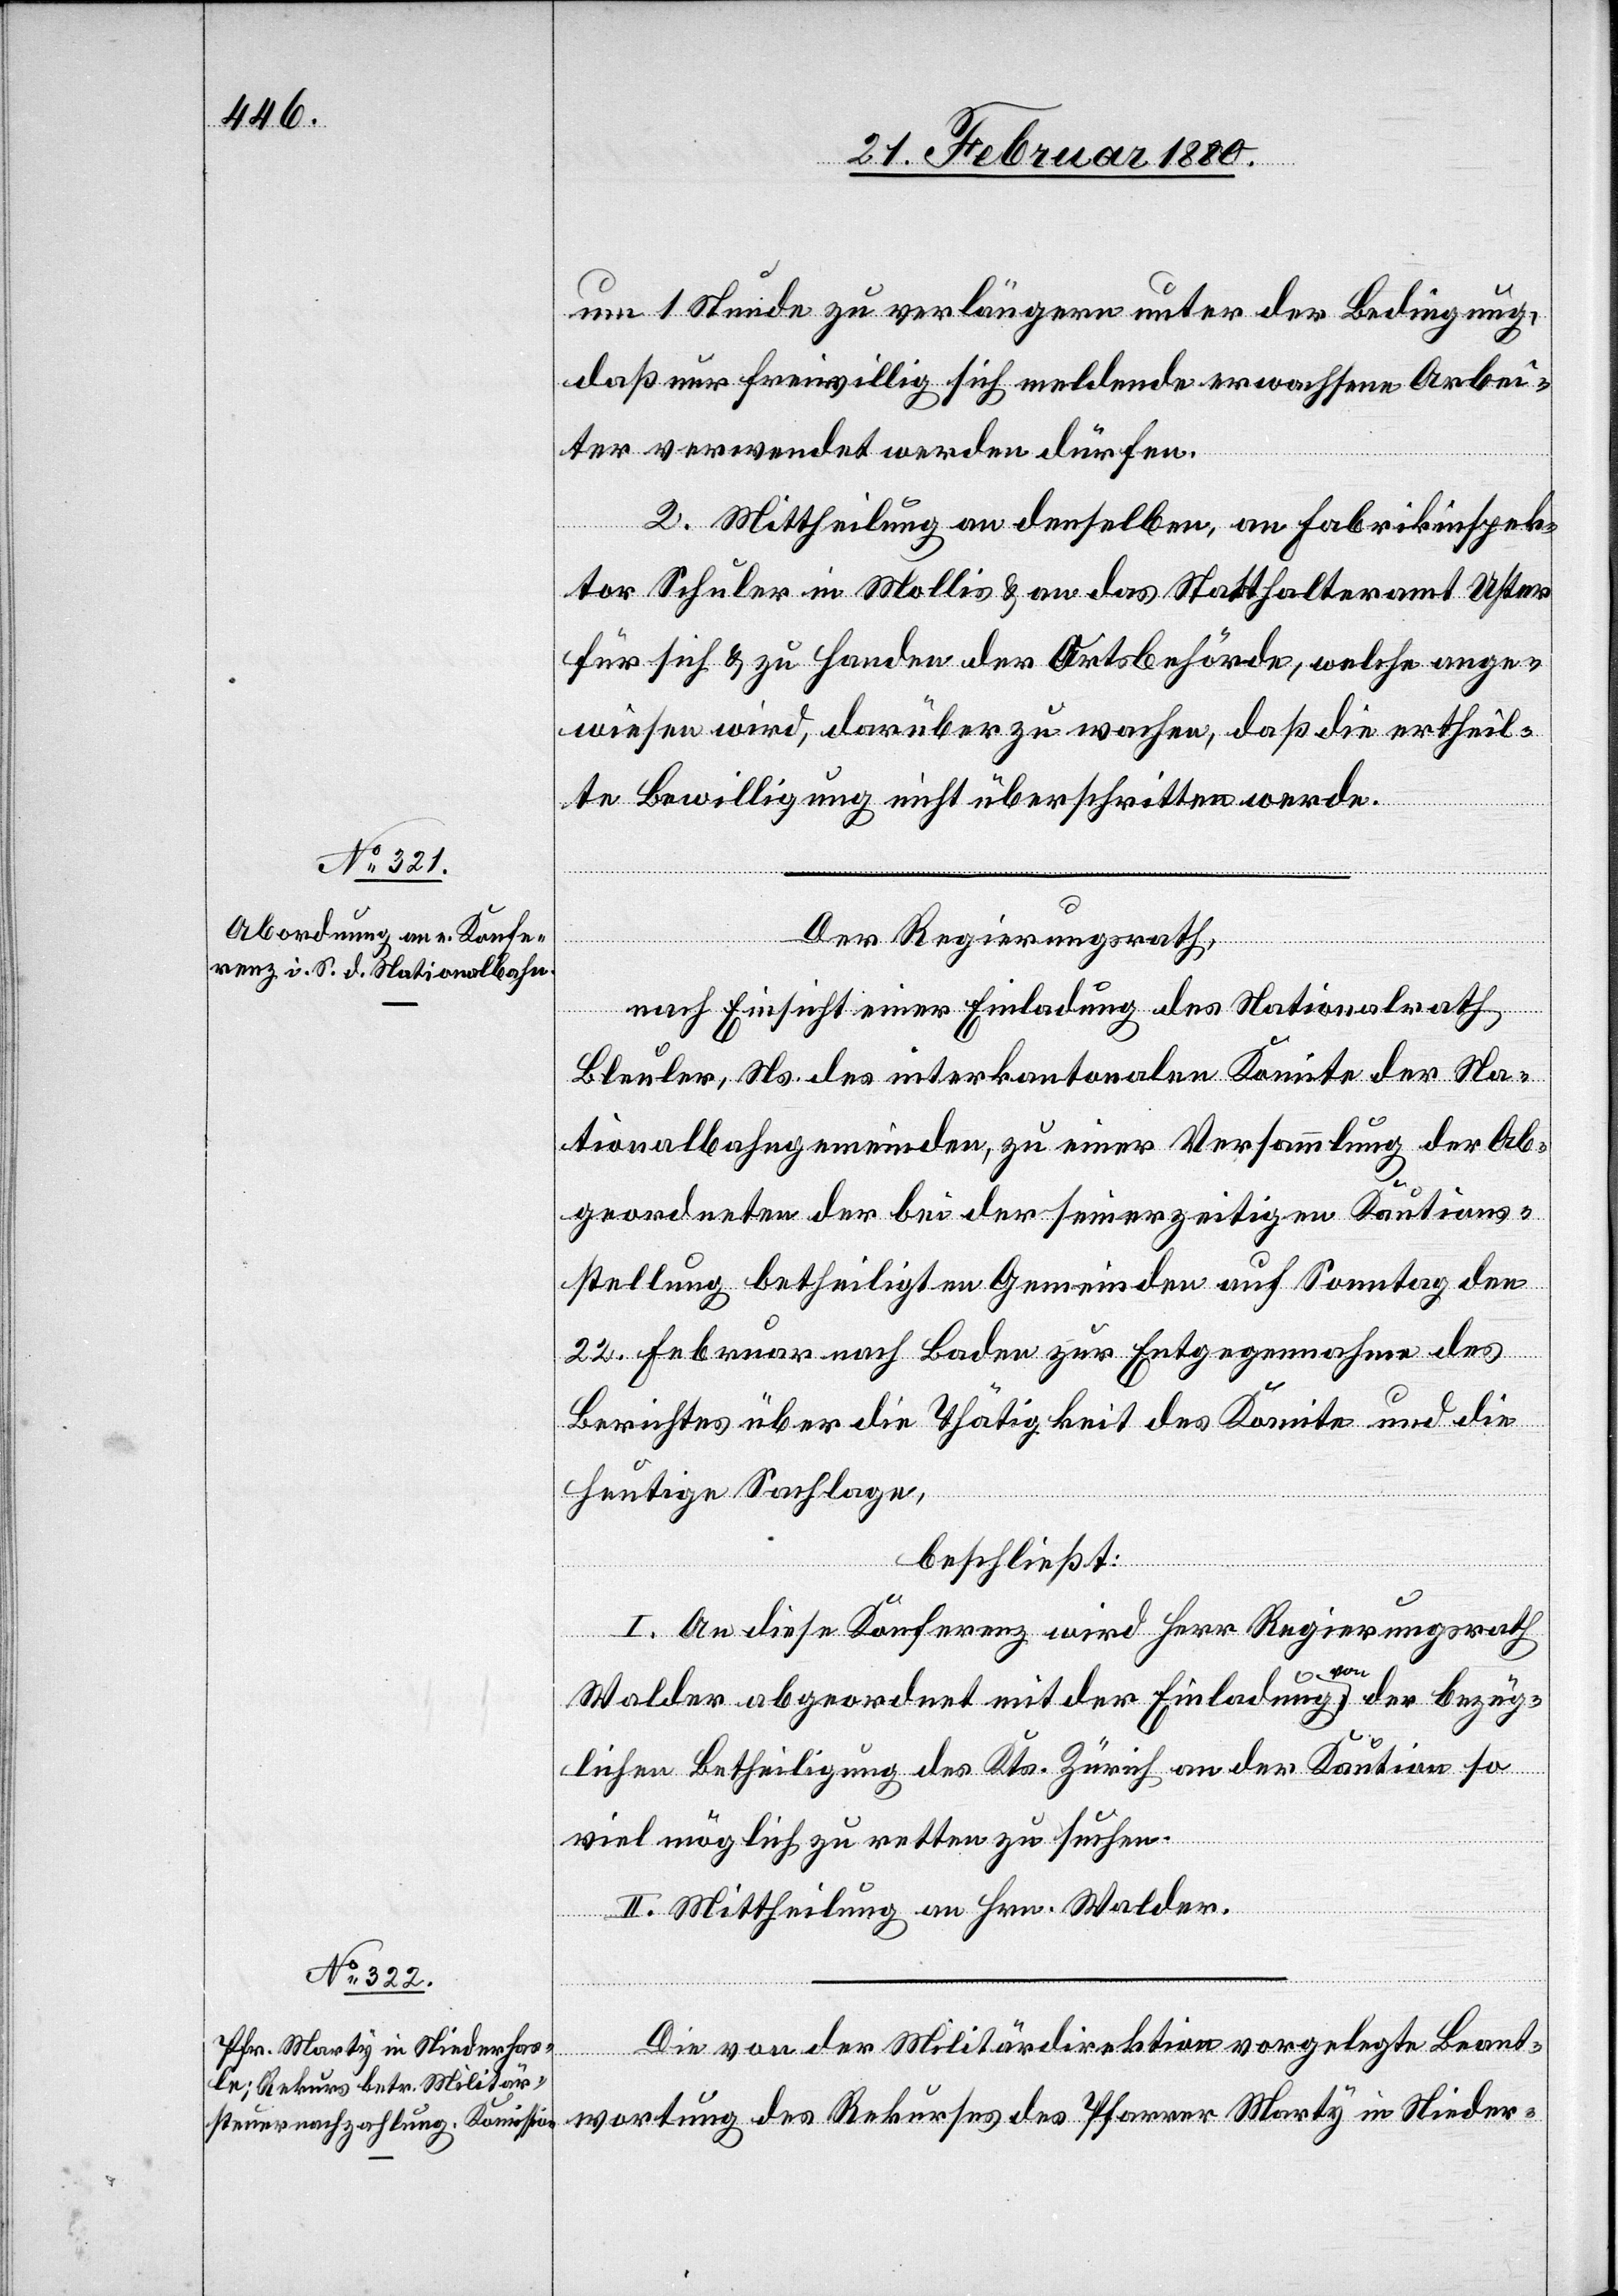
um 1 Stunde zu verlängern unter der Bedingung,
daß nur freiwillig sich meldende erwachsene Arbei¬
ter verwendet werden dürfen.
2. Mittheilung an denselben, an Fabrikinspek¬
tor Schuler in Mollis & an das Statthalteramt Uster
für sich & zu Handen der Ortsbehörde, welche ange¬
wiesen wird, darüber zu wachen, daß die ertheil¬
te Bewilligung nicht überschritten werde.
Der Regierungsrath,
nach Einsicht einer Einladung des Nationalrath
Bleuler, Ns. des interkantonalen Komite der Na¬
tionalbahngemeinden, zu einer Versammlung der Ab¬
geordneten der bei der seinerzeitigen Kautions¬
stellung betheiligten Gemeinden auf Sonntag den
22. Februar nach Baden zur Entgegennahme des
Berichtes über die Thätigkeit des Komite und die
heutige Sachlage,
beschließt:
I. An diese Konferenz wird Herr Regierungsrath
Walder abgeordnet mit der Einladung a-von-a der bezüg¬
lichen Betheiligung des Kts. Zürich an der Kaution so
viel möglich zu retten zu suchen.
II. Mittheilung an Hrn. Walder.
Die von der Militärdirektion vorgelegte Beant¬
wortung des Rekurses des Pfarrer Marty in Nieder-